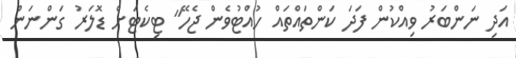
އަދި ނަންބަރު ވިއްކުން ފަދަ ކަންތައްތައް ހުއްޓުވެން ޖެހޭ" ޓިކެޓަށް ޑޮލަރު ގަންނަން